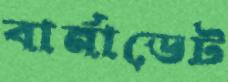
বার্নাডেট